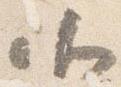
北